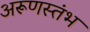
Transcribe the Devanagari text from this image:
अरूणस्तंभ